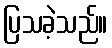
ပြသခဲ့သည်။